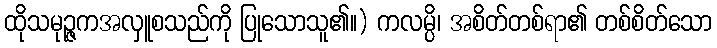
ထိုသမုဉ္ဇကအလှူစသည်ကို ပြုသောသူ၏။) ကလမ္ပိ၊ အစိတ်တစ်ရာ၏ တစ်စိတ်သော